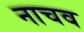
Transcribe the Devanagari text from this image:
नाचव